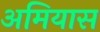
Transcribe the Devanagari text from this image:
अमियास